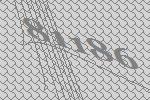
81186